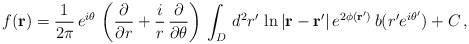
\begin{align*}f({\bf r})=\frac{1}{2 \pi}\,e^{i \theta}\,\left(\frac{\partial}{\partial r}+\frac{i}{r}\, \frac{\partial}{\partial \theta}\right)\,\int_{D}\,d^2 r^{\prime}\, \ln{|{\bf r - r^{\prime}}|}\,e^{2 \phi({\bf r^{\prime}})}\,b(r^{\prime}e^{i \theta^{\prime}})+ C\,,\end{align*}